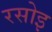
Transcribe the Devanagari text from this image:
रसोइ